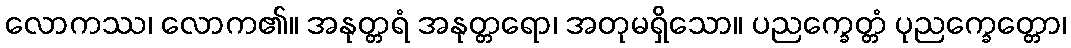
လောကဿ၊ လောက၏။ အနုတ္တရံ အနုတ္တရော၊ အတုမရှိသော။ ပညက္ခေတ္တံ ပုညက္ခေတ္တော၊